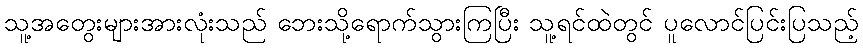
သူ့အတွေးများအားလုံးသည် ဘေးသို့ရောက်သွားကြပြီး သူ့ရင်ထဲတွင် ပူလောင်ပြင်းပြသည့်